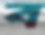
ব